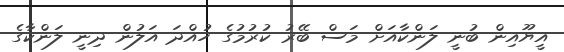
އީޔޫއިން ބުނީ ލަންކާއަށް މަސް ބޭރު ކުރުމުގެ ހުއްދަ އަލުން ދިނީ ލަންކާގެ